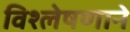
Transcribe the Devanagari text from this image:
विश्लेषणाने